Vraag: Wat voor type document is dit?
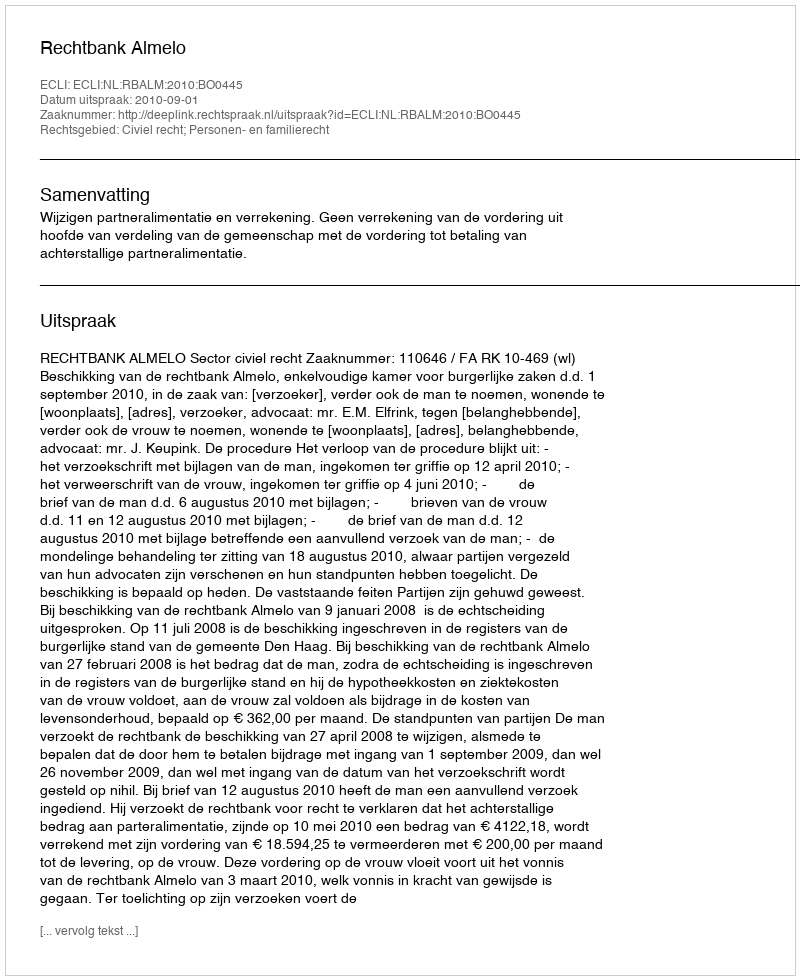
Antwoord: Uitspraak